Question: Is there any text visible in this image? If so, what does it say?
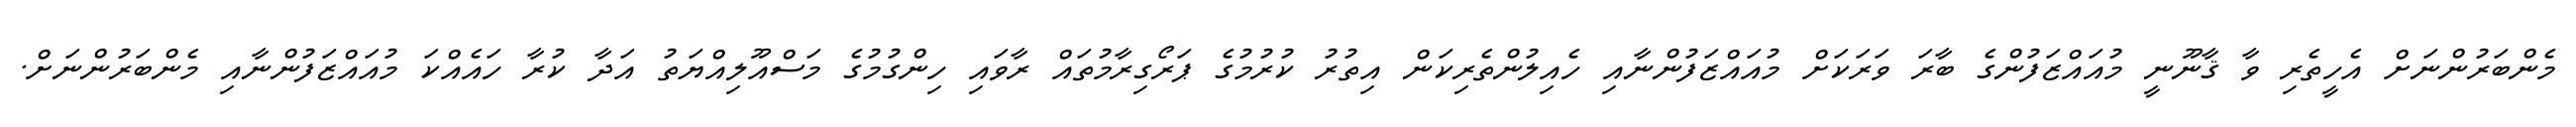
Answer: މެންބަރުންނަށް އެހީތެރި ވާ ޤާނޫނީ މުއައްޒަފުންގެ ބާރަ ވަރަކަށް މުއައްޒަފުންނާއި ހެއިލުންތެރިކަން އިތުރު ކުރުމުގެ ޕަރޯގިރާމުތައް ރާވައި ހިންގުމުގެ މަސްއޫލިއްޔަތު އަދާ ކުރާ ހައެއްކަ މުއައްޒަފުންނާއި މެންބަރުންނަށް.